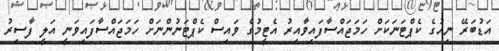
އަޑުބަރޭ ނިއުގެ ކެޕްޓަނަކަށް ހަމަޖައްސާފައިވާއިރު އެޓީމުގެ ވައިސް ކެޕްޓަނުންނަށް ހަމަޖައްސާފައިވަނީ އަލީ ފާސިރު